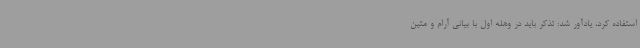
استفاده کرد، یادآور شد: تذکر باید در وهله اول با بیانی آرام و متین